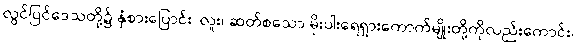
လွင်ပြင်ဒေသတို့၌ နှံစားပြောင်း၊ လူး၊ ဆတ်စသော မိုးပါးရေရှားကောက်မျိုးတို့ကိုလည်းကောင်း၊